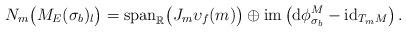
LaTeX: \begin{align*} N_m\big(M_E(\sigma_b)_l\big)=\mathrm{span}_\mathbb{R}\big(J_m\upsilon_f(m)\big) \oplus \mathrm{im}\left(\mathrm{d}\phi^M_{\sigma_b}-\mathrm{id}_{T_mM}\right).\end{align*}